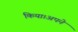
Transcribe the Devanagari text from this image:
किया।अपने